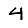
Digit: 4